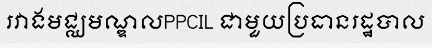
រវាងមជ្ឈមណ្ឌលPPCIL ជាមួយប្រធានរដ្ឋបាល